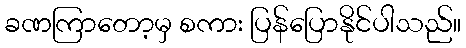
ခဏကြာတော့မှ စကား ပြန်ပြောနိုင်ပါသည်။